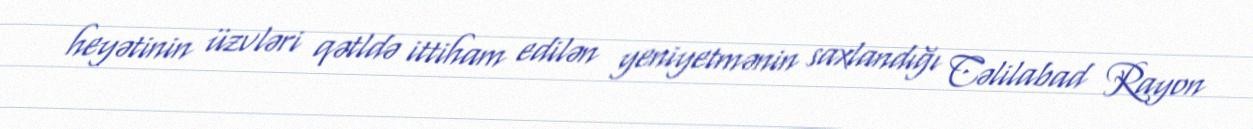
heyətinin üzvləri qətldə ittiham edilən yeniyetmənin saxlandığı Cəlilabad Rayon